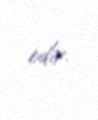
edir.